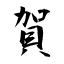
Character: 賀